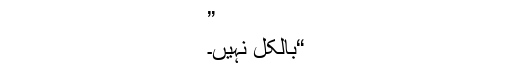
”
“بالکل نہیں۔